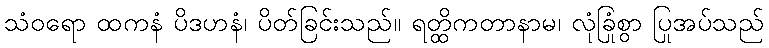
သံဝရော ထကနံ ပိဒဟနံ၊ ပိတ်ခြင်းသည်။ ရတ္ထိကတာနာမ၊ လုံခြုံစွာ ပြုအပ်သည်